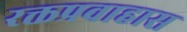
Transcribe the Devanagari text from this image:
रक्तप्रवाहास